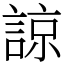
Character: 諒